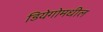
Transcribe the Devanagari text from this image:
डियेगोमधील